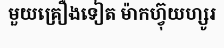
មួយគ្រឿងទៀត ម៉ាកហ្វ៊ុយហ្សូរ